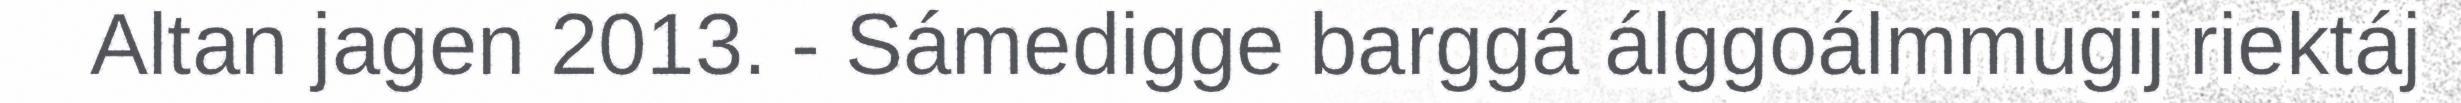
Altan jagen 2013. - Sámedigge barggá álggoálmmugij riektáj